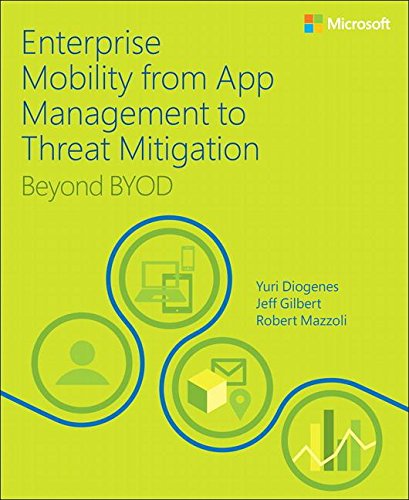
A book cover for Enterprise Mobility with App Management, Office 365, and Threat Mitigation: Beyond BYOD; Yuri Diogenes; Computers & Technology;